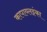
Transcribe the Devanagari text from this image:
कापाब्लइंका